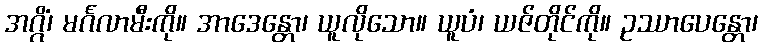
အဂ္ဂိံ၊ မင်္ဂလာမီးကို။ အာဒေန္တော၊ ယူလိုသော။ ယူပံ၊ ယဇ်တိုင်ကို။ ဥဿာပေန္တော၊